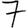
Digit: 7